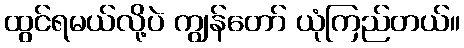
ထွင်ရမယ်လို့ပဲ ကျွန်တော် ယုံကြည်တယ်။